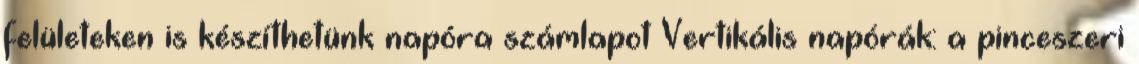
felületeken is készíthetünk napóra számlapot Vertikális napórák: a pinceszeri